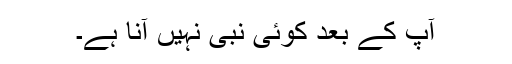
آپؐ کے بعد کوئی نبی نہیں آنا ہے۔